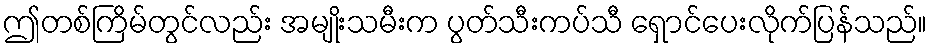
ဤတစ်ကြိမ်တွင်လည်း အမျိုးသမီးက ပွတ်သီးကပ်သီ ရှောင်ပေးလိုက်ပြန်သည်။